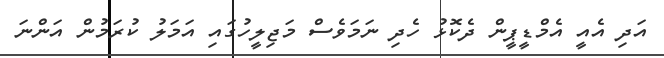
އަދި އެއީ އެމްޑީޕީން ދެކޮޅު ހެދި ނަމަވެސް މަޖިލީހުގައި އަމަލު ކުރަމުން އަންނަ